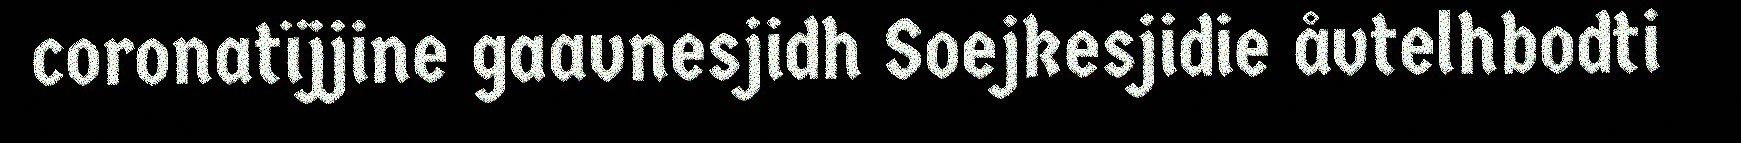
coronatïjjine gaavnesjidh Soejkesjidie åvtelhbodti